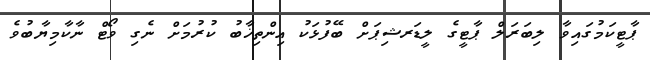
ޕާޓީކަމުގައިވާ ލިބަރަލް ޕާޓީގެ ލީޑަރޝިޕަށް ބޭފުޅަކު އިންތިޚާބު ކުރުމަށް ނެގި ވޯޓް ނާކާމިޔާބުވެ